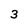
Character: 3